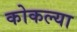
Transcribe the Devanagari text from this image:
कोकल्या